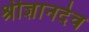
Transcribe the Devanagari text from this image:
श्रीज्ञानदेव